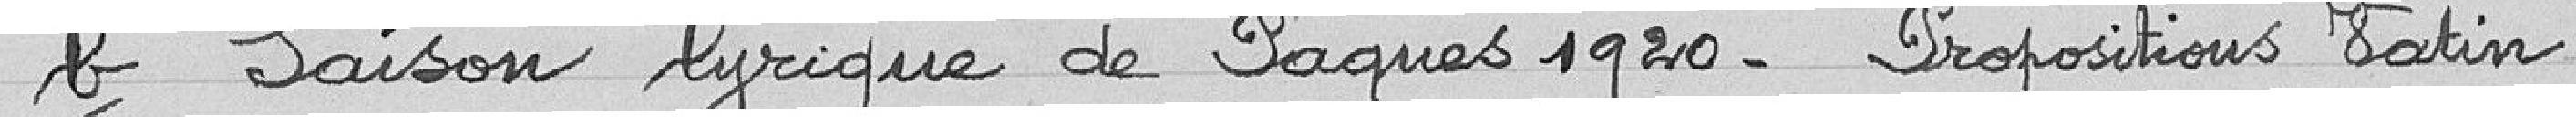
b) saison lyrique de Pâques 1920. Propositions Vatin.